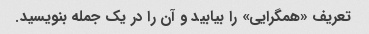
تعریف «همگرایی» را بیابید و آن را در یک جمله بنویسید.